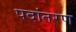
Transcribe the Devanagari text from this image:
पदांतरण